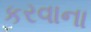
કરવાના